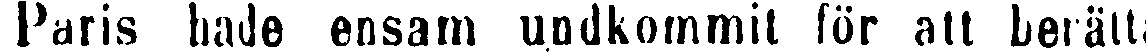
Paris hade ensam undkommit för att berätta